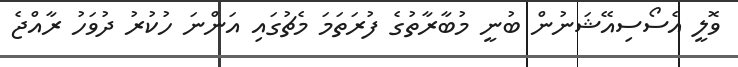
ވޮލީ އެސޯސިއޭޝަނުން ބުނީ މުބާރާތުގެ ފުރަތަމަ މެޗުގައި އަންނަ ހުކުރު ދުވަހު ރާއްޖެ